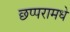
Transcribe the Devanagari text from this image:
छप्परामधे